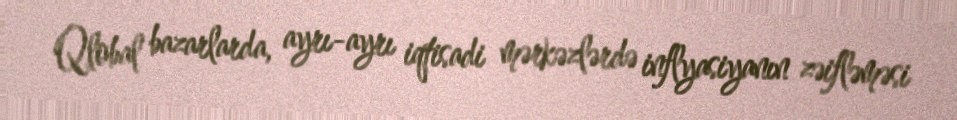
Qlobal bazarlarda, ayrı-ayrı iqtisadi mərkəzlərdə inflyasiyanın zəifləməsi